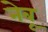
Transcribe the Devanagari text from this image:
नेबू